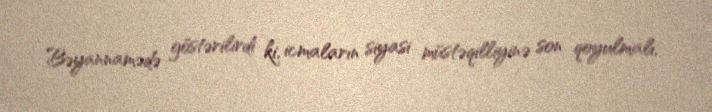
Bəyannamədə göstərilirdi ki, icmaların siyasi müstəqilliyinə son qoyulmalı,